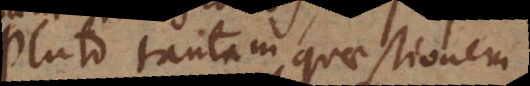
Pluto tantam quaestionem